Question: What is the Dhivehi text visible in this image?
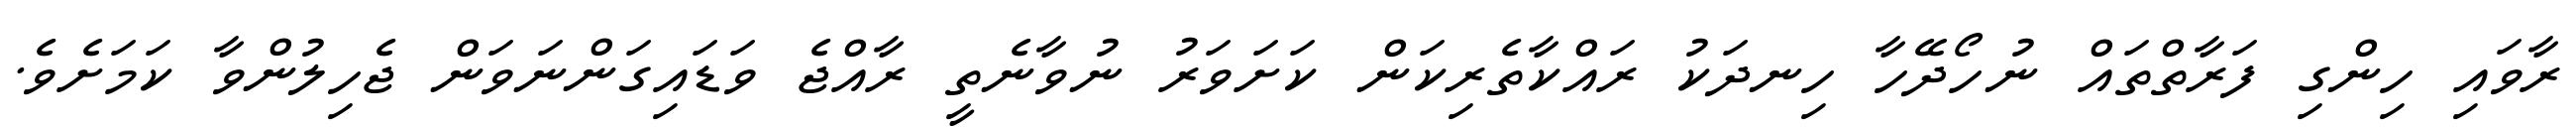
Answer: ރާވައި ހިންގި ފަރާތްތައް ނުހޯދޭހާ ހިނދަކު ރައްކާތެރިކަން ކަށަވަރު ނުވާނެތީ ރާއްޖެ ވަޑައިގަންނަވަން ޖެހިލުންވާ ކަމަށެވެ.